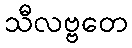
သီလဗ္ဗတေ